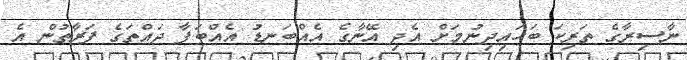
ނާސިރާގެ ތަރިކަ ބަހައިދިނުމަށް އެދި އޭނާގެ އެއްބަނޑު އެއްބަފާ ދައްތަގެ ފަރާތުން އެ